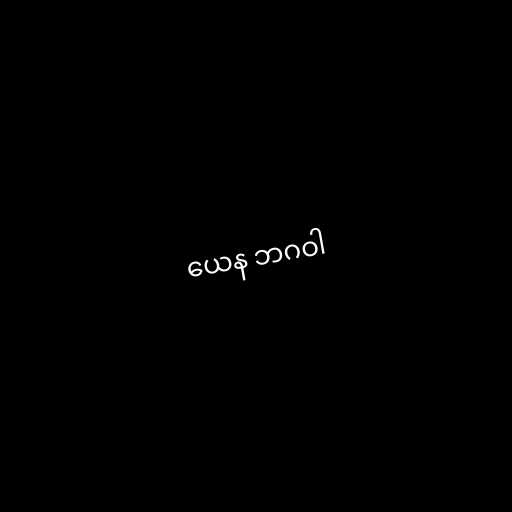
ယေန ဘဂဝါ